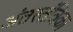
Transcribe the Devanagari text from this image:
अंतरतंत्रिका